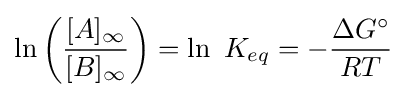
\ln \left({\frac {[A]_{\infty }}{[B]_{\infty }}}\right)=\ln \ K_{eq}=-{\frac {\Delta G^{\circ }}{RT}}